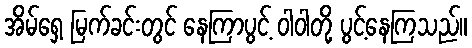
အိမ်ရှေ့ မြက်ခင်းတွင် နေကြာပွင့် ဝါဝါတို့ ပွင့်နေကြသည်။